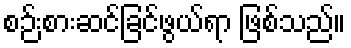
စဉ်းစားဆင်ခြင်ဖွယ်ရာ ဖြစ်သည်။